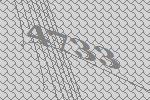
4733